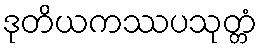
ဒုတိယကဿပသုတ္တံ